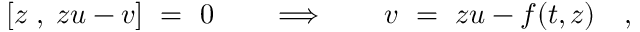
[ z \; , \; z u - v ] \ = \ 0 \qquad \Longrightarrow \qquad v \ = \ z u - f ( t , z ) \quad ,